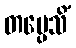
တပ္ပေသိံ